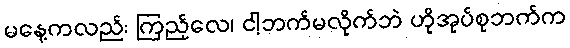
မနေ့ကလည်း ကြည့်လေ၊ ငါ့ဘက်မလိုက်ဘဲ ဟိုအုပ်စုဘက်က